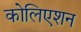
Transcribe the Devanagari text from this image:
कोलिएशन